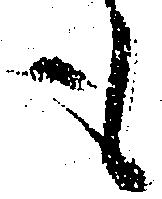
も